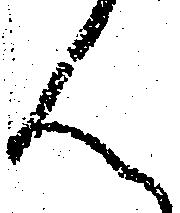
ん